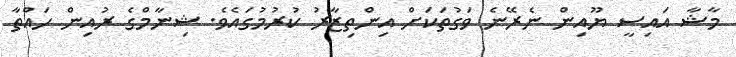
މާޝާ އައިސީ ޔޫއިން ނެރޭނެ ވަގުތަކަށް އިންތިޒާރު ކުރުމުގައެވެ. ޝިނާމްގެ ރުއިން ހައްތާ